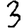
Digit: 3